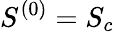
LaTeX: S^{(0)}=S_{c}